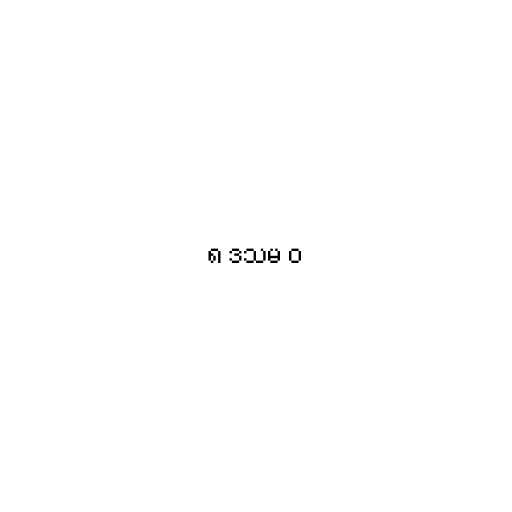
၈ ဒသမ ၀